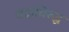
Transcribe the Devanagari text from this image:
चंद्राविरुद्ध